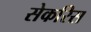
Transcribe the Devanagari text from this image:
सेकरिस